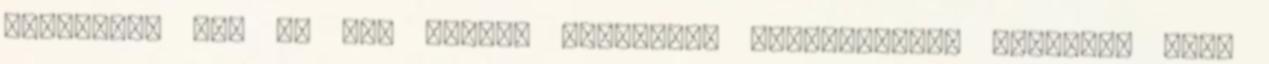
veszitek, így mi sem törjük magunkat. Megjegyezzük továbbá, hogy